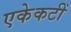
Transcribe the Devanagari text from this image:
एकेकटीं